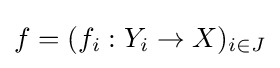
f=(f_{i}:Y_{i}\to X)_{i\in J}